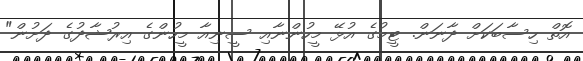
އޮތް ހިސާބަކަށް ދާނަން. ޓީމުގެ އުޅޭ މީހުންނާއި ސީނިއާ މީހުންގެ އިރުޝާދުގެ ދަށުން"